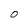
Character: 0